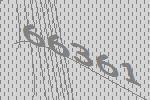
66361